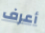
أعرف